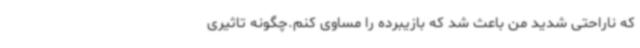
که ناراحتی شدید من باعث شد که بازیبرده را مساوی کنم.چگونه تاثیری